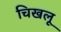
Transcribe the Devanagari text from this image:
चिखलू